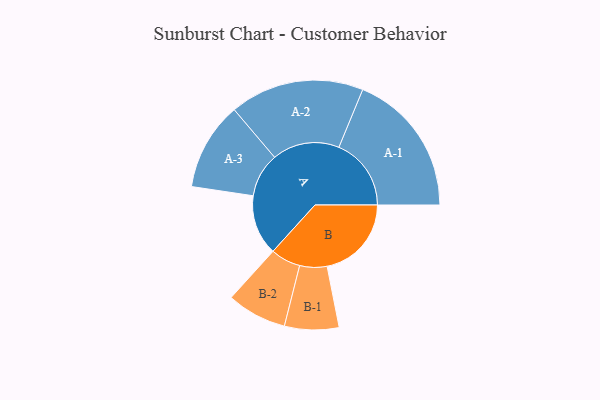
{"axis": {"x": "Segment", "y": "Value"}, "legend": ["", "A", "B"], "data": [{"x": "A", "y": 235, "type": ""}, {"x": "B", "y": 329, "type": ""}, {"x": "A-1", "y": 282, "type": "A"}, {"x": "A-2", "y": 262, "type": "A"}, {"x": "A-3", "y": 172, "type": "A"}, {"x": "B-1", "y": 106, "type": "B"}, {"x": "B-2", "y": 117, "type": "B"}]}